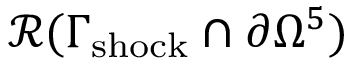
\mathcal { R } ( \Gamma _ { \mathrm { s h o c k } } \cap \partial \Omega ^ { 5 } )